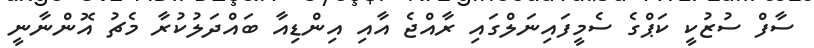
ސާފް ސުޒުކީ ކަޕްގެ ސެމީފައިނަލްގައި ރާއްޖެ އާއި އިންޑިއާ ބައްދަލުކުރާ މެޗު އޮންނާނީ